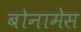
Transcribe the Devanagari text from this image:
बोनामेस